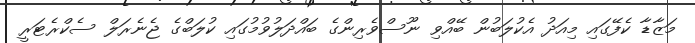
މަޒާޑާ ކެފޭގައި މިއަދު އެކުލަބުން ބޭއްވި ނޫސްވެރިންގެ ބައްދަލުވުމުގައި ކުލަބްގެ ޖެނެރަލް ސެކްރެޓަރީ